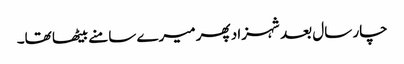
چار سال بعد شہزاد پھر میرے سامنے بیٹھا تھا۔